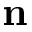
{ \mathbf n }